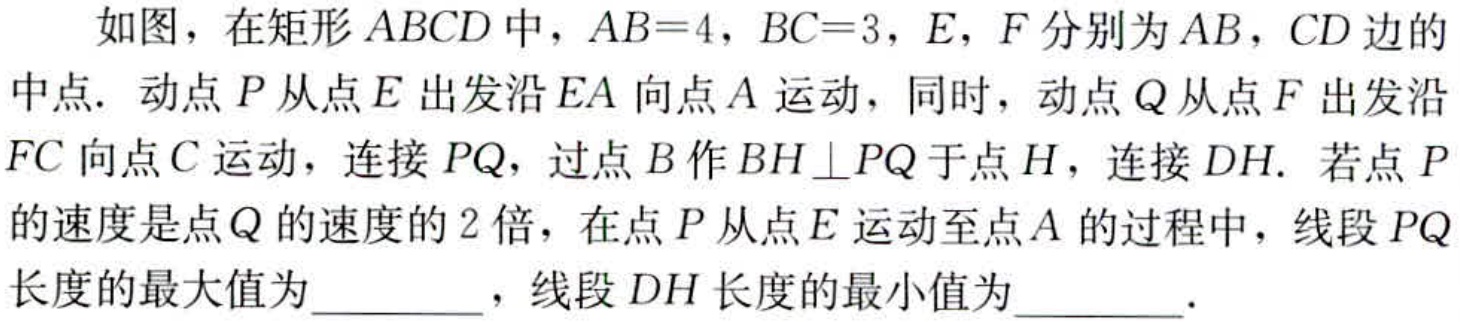
如图，在矩形 \(ABCD\) 中，\(AB = 4\)，\(BC = 3\)，\(E\)，\(F\) 分别为 \(AB\)，\(CD\) 边的中点. 动点 \(P\) 从点 \(E\) 出发沿 \(EA\) 向点 \(A\) 运动，同时，动点 \(Q\) 从点 \(F\) 出发沿 \(FC\) 向点 \(C\) 运动，连接 \(PQ\)，过点 \(B\) 作 \(BH\perp PQ\) 于点 \(H\)，连接 \(DH\). 若点 \(P\) 的速度是点 \(Q\) 的速度的 \(2\) 倍，在点 \(P\) 从点 \(E\) 运动至点 \(A\) 的过程中，线段 \(PQ\) 长度的最大值为_________，线段 \(DH\) 长度的最小值为_________.